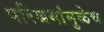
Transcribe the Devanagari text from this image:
परिश्रमांमुळेच